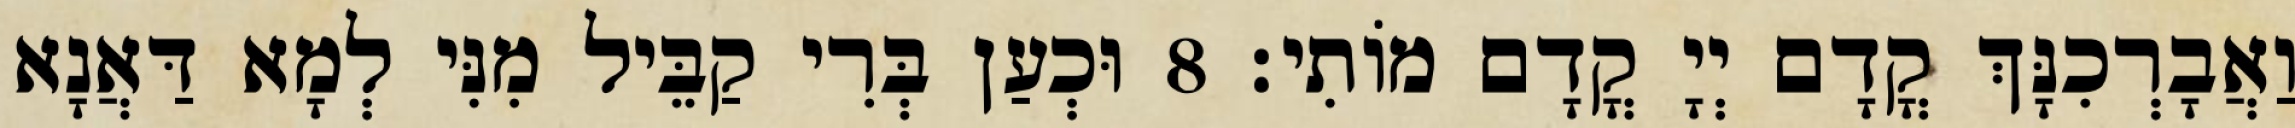
וַאֲבָרְכִנָּךְ קֳדָם יְיָ קֳדָם מוֹתִי׃ 8 וּכְעַן בְּרִי קַבֵּיל מִנִּי לְמָא דַּאֲנָא